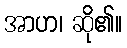
အာဟ၊ ဆို၏။